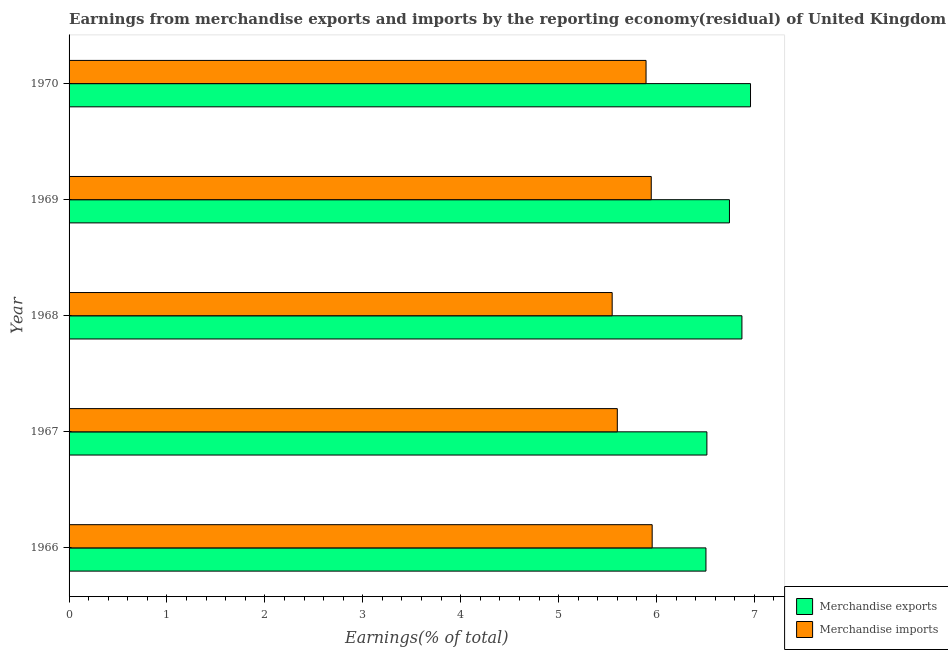
| Year | Merchandise exports | Merchandise imports |
 | --- | --- | --- |
 | 1966 | 6.51 | 5.96 |
 | 1967 | 6.51 | 5.6 |
 | 1968 | 6.87 | 5.55 |
 | 1969 | 6.75 | 5.95 |
 | 1970 | 6.96 | 5.89 |